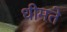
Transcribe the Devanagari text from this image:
धीमते